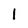
Character: 1